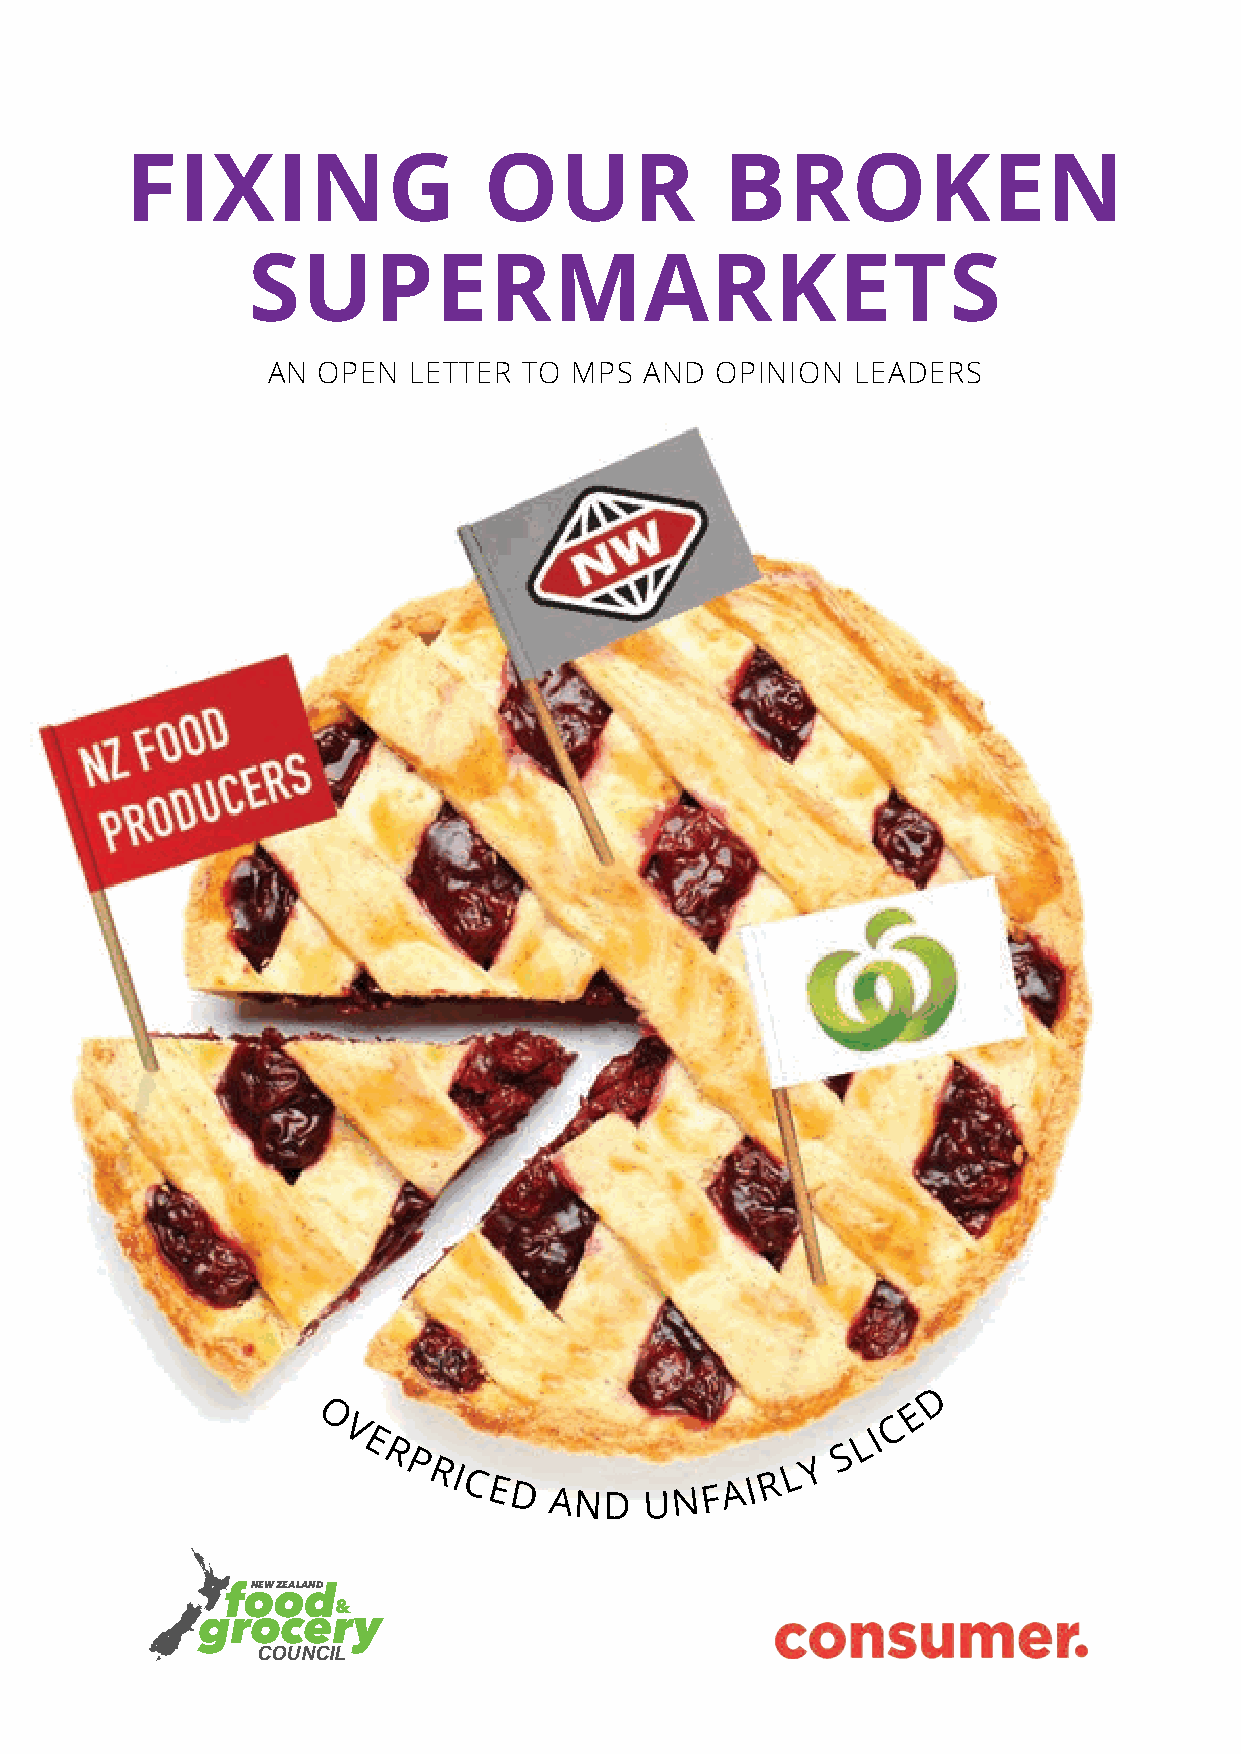
FIXING                  OUR             BROKEN
 SUPERMARKETS
 AN OPEN  LETTER  TO MPS  AND OPINION   LEADERS
 D
 E
 O                                     C
 V E                                L I
 R
 P                           Y
 S
 RI
 CED   AND    UN  F A I R
 L
 NEW ZEALAND
 &
 grocery
 COUNCIL